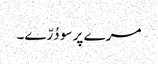
مرے پر سو دُرّے۔